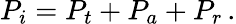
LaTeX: P_{i}=P_{t}+P_{a}+P_{r}\, .